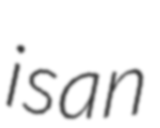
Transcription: is an